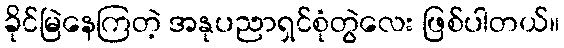
ခိုင်မြဲနေကြတဲ့ အနုပညာရှင်စုံတွဲလေး ဖြစ်ပါတယ်။